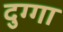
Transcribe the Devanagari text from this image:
दुग्गा